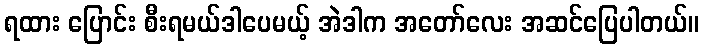
ရထား ပြောင်း စီးရမယ်ဒါပေမယ့် အဲဒါက အတော်လေး အဆင်ပြေပါတယ်။